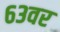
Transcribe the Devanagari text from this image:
६३वर